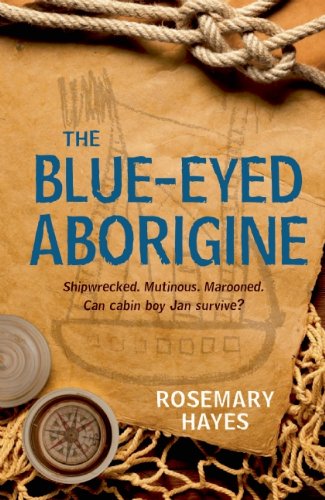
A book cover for The Blue-Eyed Aborigine; Rosemary Hayes; Teen & Young Adult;